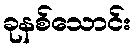
ခုနစ်သောင်း